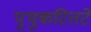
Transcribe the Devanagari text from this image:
पृथुकटितटे